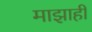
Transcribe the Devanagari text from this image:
माझाही